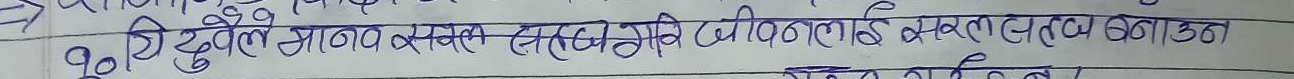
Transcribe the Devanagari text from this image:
यो दुवै आकास समतल अनि ठूलोलाई समतल बनाउन